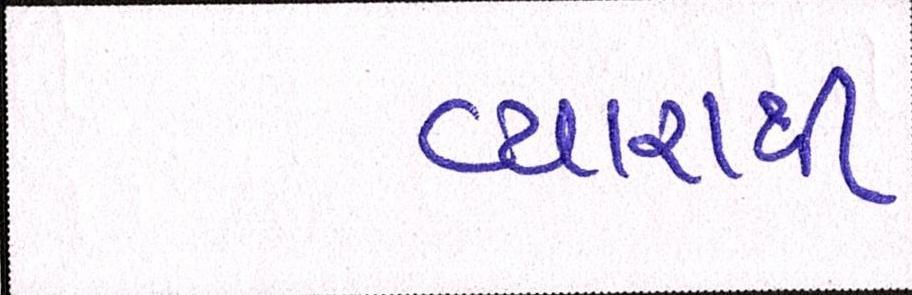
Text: વ્યારાથી